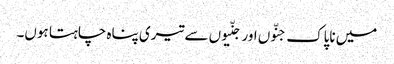
میں ناپاک جنّوں اور جنّیوں سے تیری پناہ چاہتا ہوں۔